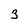
Character: 3